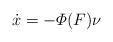
LaTeX: \begin{align*}\dot{x} = - \varPhi(F) \nu\end{align*}